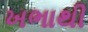
ખભાથી